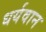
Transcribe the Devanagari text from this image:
धर्यवान